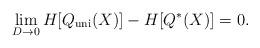
LaTeX: \begin{align*}\lim_{D \to 0} H[Q_{\mathrm{uni}}(X)]-H[Q^*(X)] = 0.\end{align*}